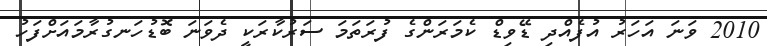
2010 ވަނަ އަހަރު އުފެއްދި ޑޭވިޑް ކެމަރަންގެ ފުރަތަމަ ސަރުކާރަކީ ދެވަނަ ބޮޑުހަނގުރާމައަށްފަހު